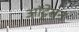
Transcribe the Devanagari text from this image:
ऑट्टेसन